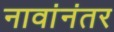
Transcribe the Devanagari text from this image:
नावांनंतर